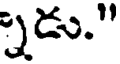
్నడు."